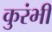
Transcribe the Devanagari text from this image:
कुरंभी